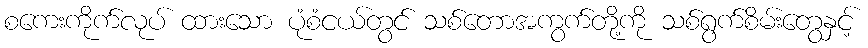
စကေးကိုက်လုပ် ထားသော ပုံစံငယ်တွင် သစ်တောအကွက်တို့ကို သစ်ရွက်စိမ်းတွေနှင့်